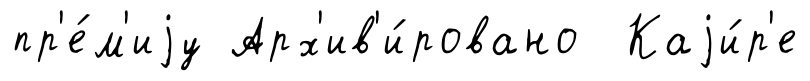
пр'е́м'иjу Арх'ив'и́ровано Каjи́р'е